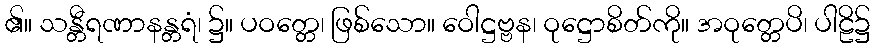
၏။ သန္တီရဏာနန္တရံ၊ ၌။ ပဝတ္တေ၊ ဖြစ်သော။ ဝေါဋ္ဌဗ္ဗန၊ ဝုဋ္ဌောစိတ်ကို။ အဝုတ္တေပိ၊ ပါဠိ၌